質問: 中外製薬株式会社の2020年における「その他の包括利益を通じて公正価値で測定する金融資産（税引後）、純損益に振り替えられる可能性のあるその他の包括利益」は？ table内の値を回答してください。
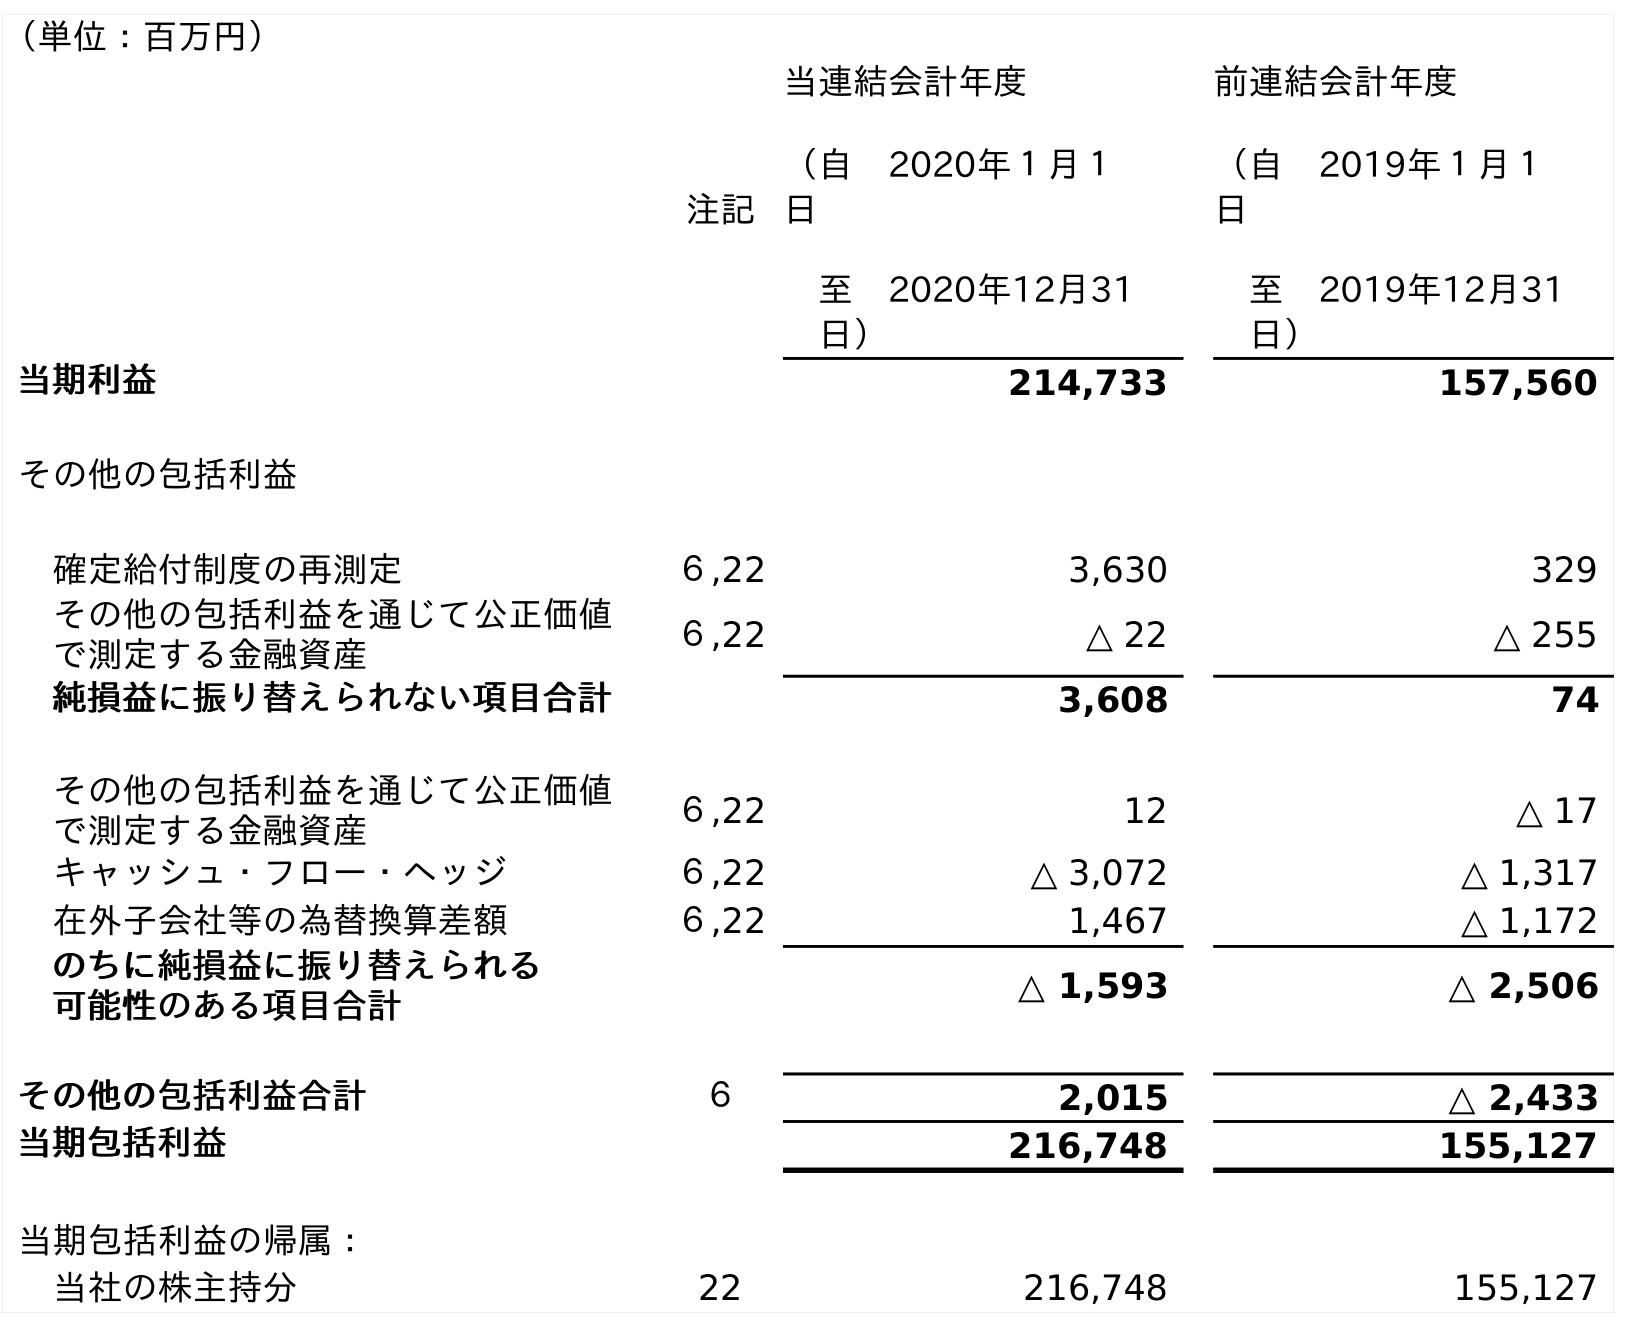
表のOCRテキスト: （単位：百万円） 注記 当連結会計年度 （自 2020年１月１ 日 至 2020年12月31 日） 前連結会計年度 （自 2019年１月１ 日 至 2019年12月31 日） 当期利益 214,733 157,560 その他の包括利益 確定給付制度の再測定 ６,22 3,630 329 その他の包括利益を通じて公正価値 で測定する金融資産 ６,22 △ 22 △ 255 純損益に振り替えられない項目合計 3,608 74 その他の包括利益を通じて公正価値 で測定する金融資産 ６,22 12 △ 17 キャッシュ・フロー・ヘッジ ６,22 △ 3,072 △ 1,317 在外子会社等の為替換算差額 ６,22 1,467 △ 1,172 のちに純損益に振り替えられる 可能性のある項目合計 △ 1,593 △ 2,506 その他の包括利益合計 ６ 2,015 △ 2,433 当期包括利益 216,748 155,127 当期包括利益の帰属： 当社の株主持分 22 216,748 155,127
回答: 12